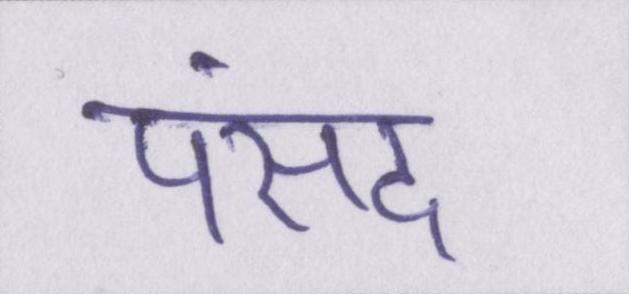
पंसद